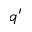
q ^ { \prime }